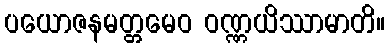
ပယောဇနမတ္တမေဝ ဝဏ္ဏယိဿာမာတိ။